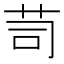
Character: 𦭡